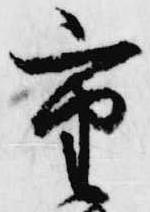
重